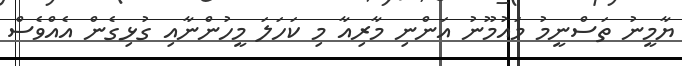
ޔާމީނު ތަސްނީމު މައުމޫނު އަންނި މާރިއާ މި ކަހަލަ މީހުންނާއި ގުޅިގެން އެއްވެސް